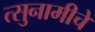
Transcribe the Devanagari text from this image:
त्सुनामीचे